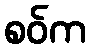
စဝ်က